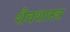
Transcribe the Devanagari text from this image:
शैवशास्त्र